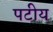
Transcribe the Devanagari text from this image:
पटीय